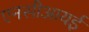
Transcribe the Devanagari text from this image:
एनसीआयई